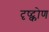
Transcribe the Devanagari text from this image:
दृष्ट्कोण